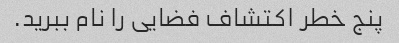
پنج خطر اکتشاف فضایی را نام ببرید.